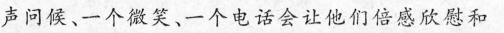
声问候、。一个微笑、一个电话会让他们倍感欣慰和